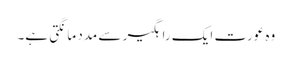
وہ عورت ایک راہگیر سے مدد مانگتی ہے۔